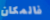
فالمكان